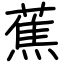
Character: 蕉